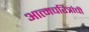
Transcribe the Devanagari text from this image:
आत्मचरित्रांची